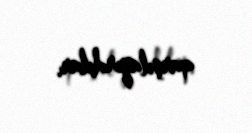
qarşılayırdılar.